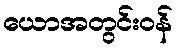
ယောအတွင်းဝန်